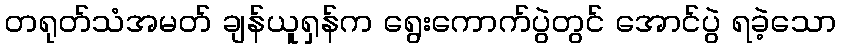
တရုတ်သံအမတ် ချန်ယူရှန်က ရွေးကောက်ပွဲတွင် အောင်ပွဲ ရခဲ့သော